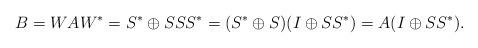
LaTeX: \begin{align*}B = W A W^{*} = S^{*} \oplus S S S^{*} = (S^{*} \oplus S) (I \oplus S S^{*}) = A (I \oplus S S^{*}).\end{align*}